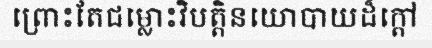
ព្រោះតែជម្លោះវិបត្តិនយោបាយដ៏ក្តៅ